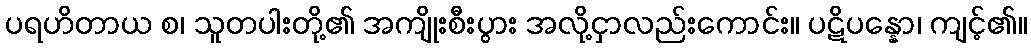
ပရဟိတာယ စ၊ သူတပါးတို့၏ အကျိုးစီးပွား အလို့ငှာလည်းကောင်း။ ပဋိပန္နော၊ ကျင့်၏။